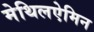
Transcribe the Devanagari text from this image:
मेथिलऐमिन